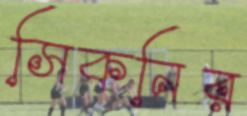
সিকনির